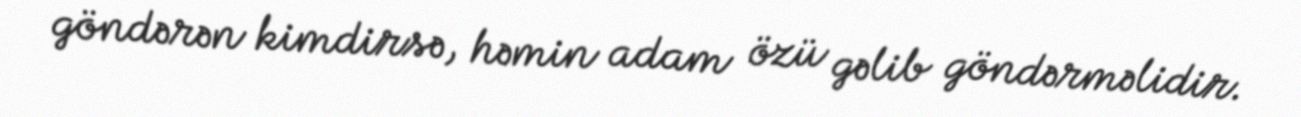
göndərən kimdirsə, həmin adam özü gəlib göndərməlidir.